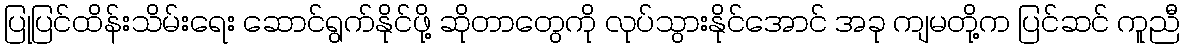
ပြုပြင်ထိန်းသိမ်းရေး ဆောင်ရွက်နိုင်ဖို့ ဆိုတာတွေကို လုပ်သွားနိုင်အောင် အခု ကျမတို့က ပြင်ဆင် ကူညီ